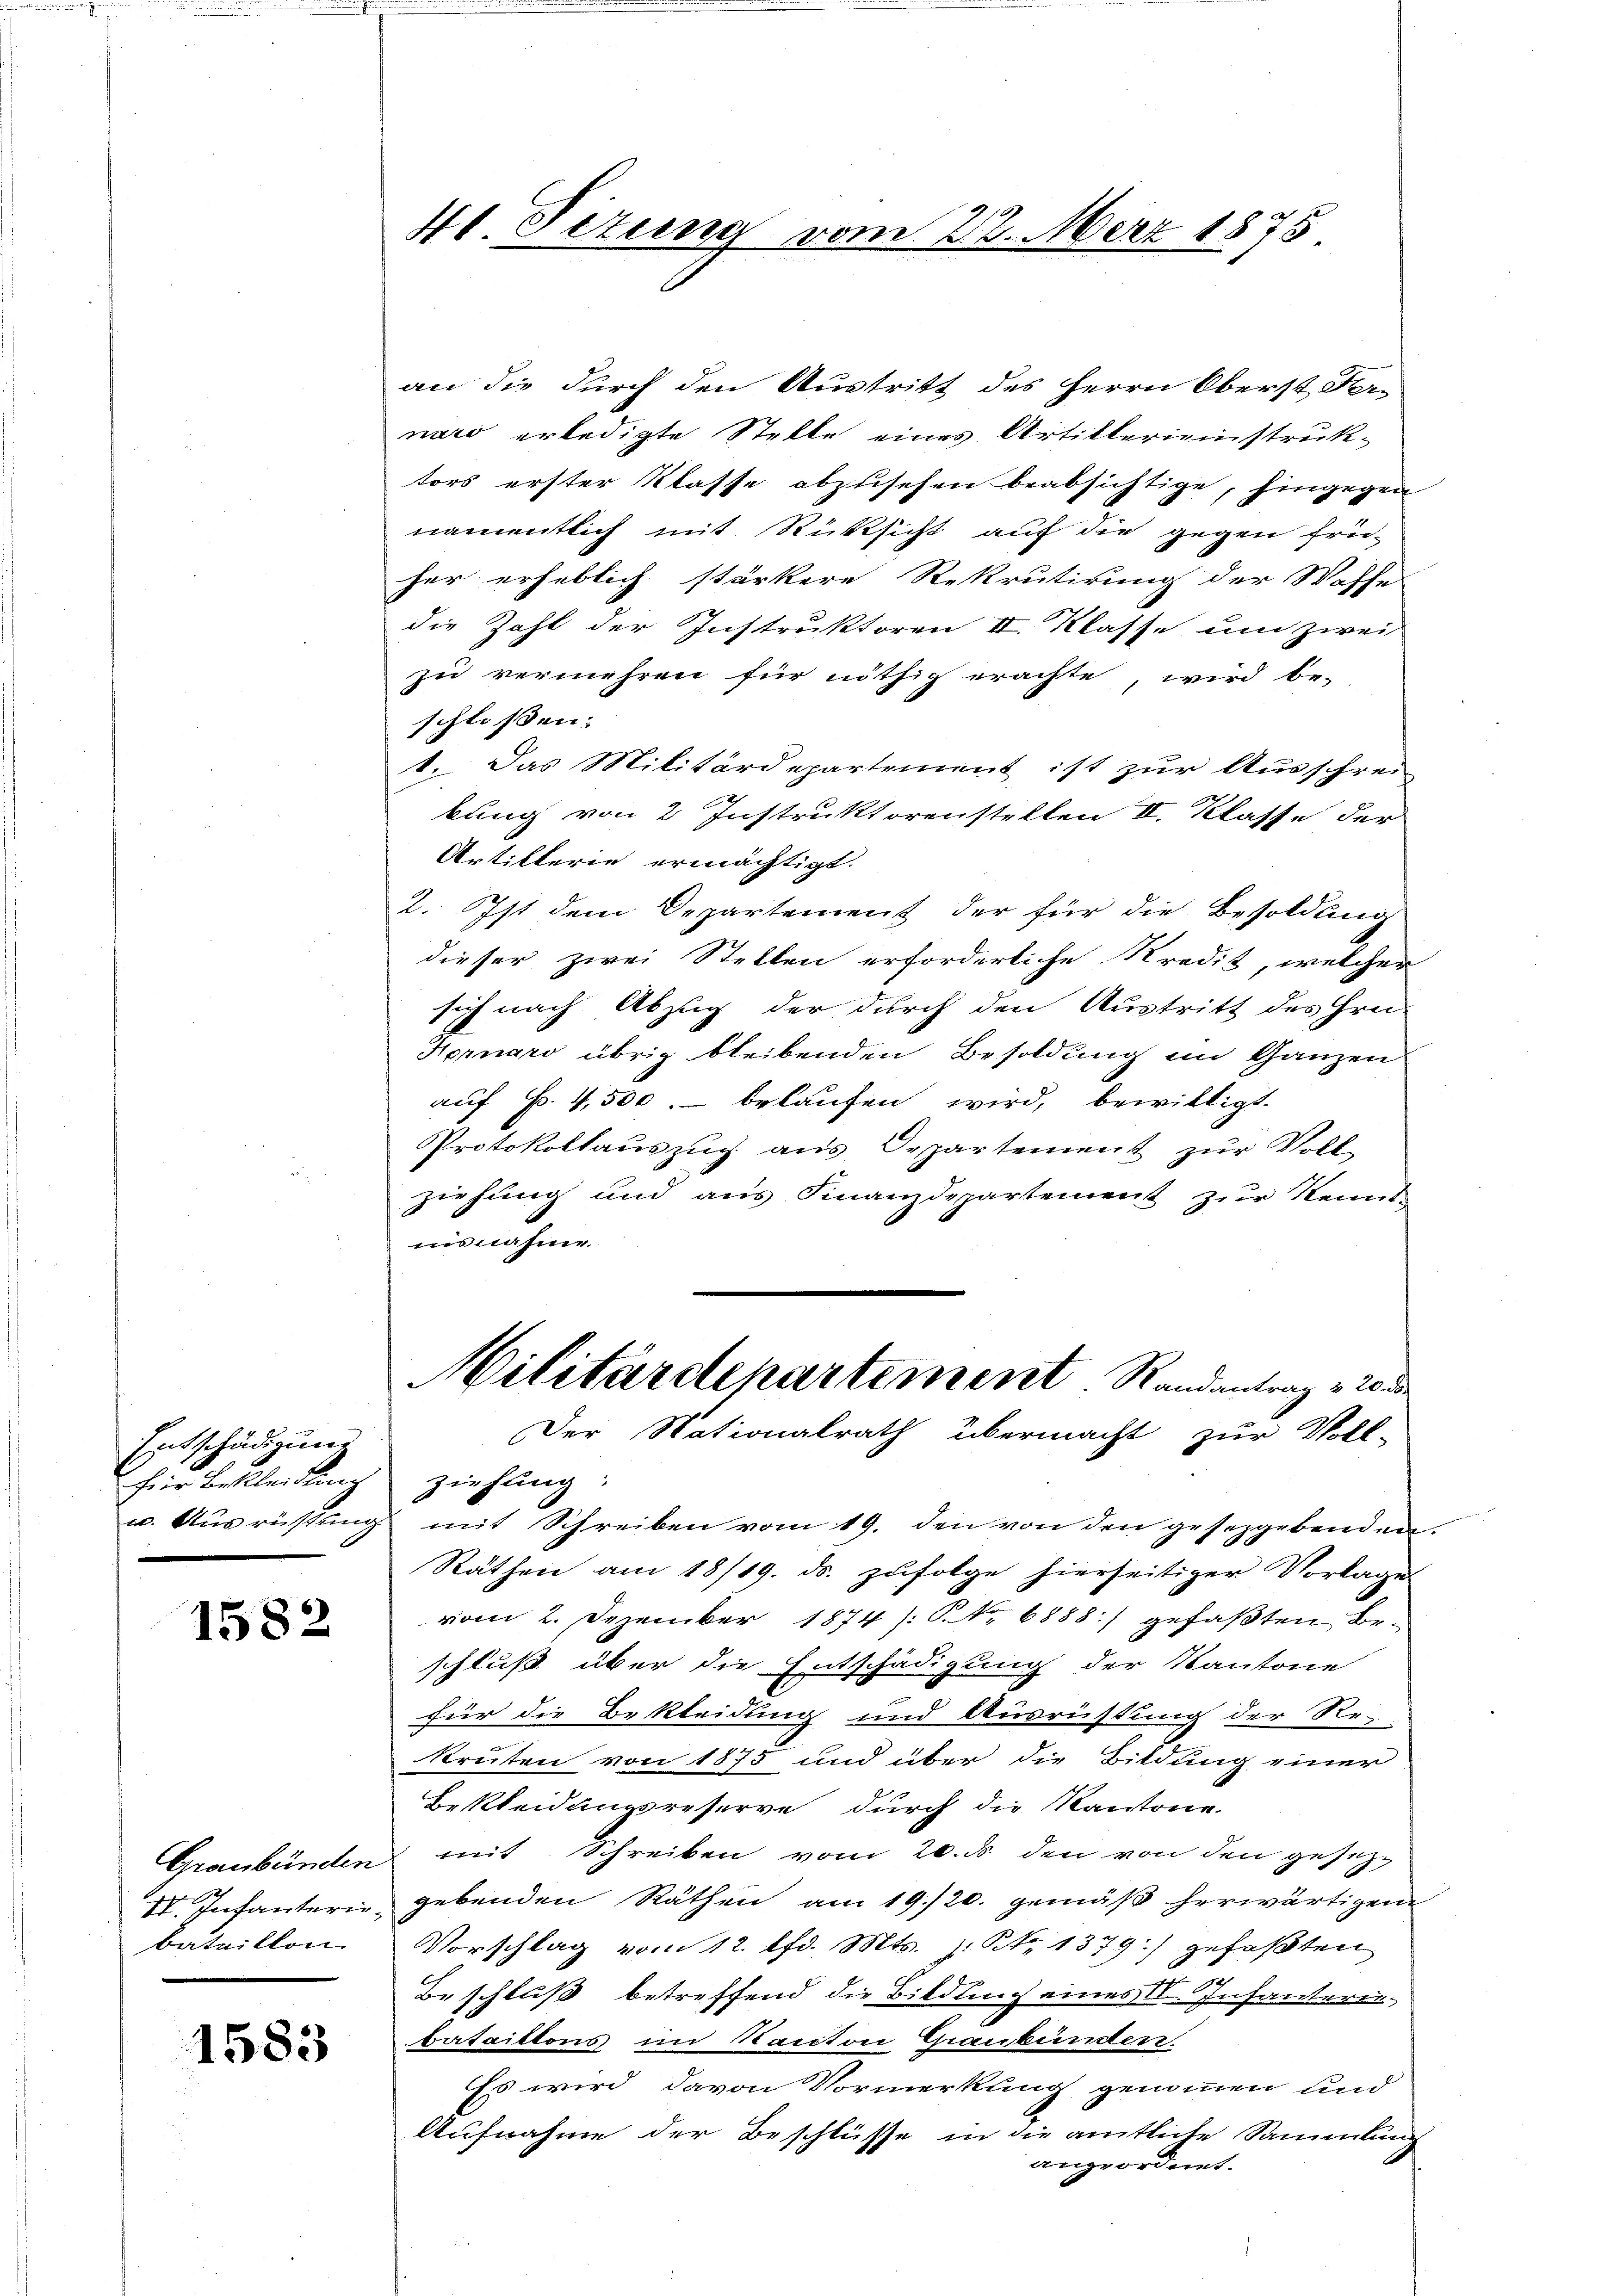
Entschädigung

1582

1583

41. Titung vom 22. März 1875

an die durch den Austritt des Herrn Oberst Fernaro erledigte Stelle eines Artiklerieinstruktors erster Klasse abzusehen beabsichtige, hingegen
namentlich mit Rücksicht auf die gegen frü-
her erheblich stärkere Rekrutirung der Waffe
die Zahl der Instruktoren II. Klasse um zwei
zu vermehren für nöthig erachte, wird be-
schlossen:
1. Das Militärdepartement ist zur Ausschrei
bung von 2 Instruktorenstellen II. Klasse der
Artillerie ermächtigt.
2. Ist dem Departement der für die Besoldung
dieser zwei Stellen erforderliche Kredit, welcher
sich nach Abzug der durch den Austritt des Hrn.
Nornaro übrig bleibenden Besoldung im Ganzen
auf Fr. 4,500 belaufen wird, bewilligt.
Protokollauszug aus Departement zur Voll-
ziehung und aus Finanzdepartement zur Kennt-
ausnahme.
Militärdepartement Randantrag v. 20 de
Der Nationalrath übermacht zur Voll-
für Bekleidung ziehung:
u. Ausrüstung mit Schreiben vom 19. den von den gesezgebenden
Räthen am 18/19. ds. zufolge hierseitiger Vorlage
vom 2. Dezember 1874 /: No 6888) gefaßten Beschluß über die Entschädigung der Kantone
für die Bekleidung und Ausrüstung der Re-
kruten von 1875 und über die Bildung einer
Bekleidungsreserve durch die Kantone
Graubünden mit Schreiben vom 20. ds den von den gesez¬
IV. Infanterie gebenden Räthen am 19/20. gemäβ herwärtigen
bataillon Vorschlag vom 12. lfd. Mts. z. No. 1379) gefaßten
Beschluß betreffend die Bildung eines II. Infanterie-
bataillons im Kanton Ghanbunden.
Es wird davon Vormerkung genommen und
Aufnahme der Beschlüsse in die amtliche Sammlung
angeordnet.